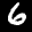
Label: 6